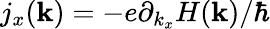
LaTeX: j_{x}(\mathbf{k})=-e\partial_{k_{x}}H(\mathbf{k})/\hbar